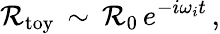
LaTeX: \mathcal{R}_{\mathrm{{toy}}}\, \sim\, \mathcal{R}_{0}\, e^{-i\omega_{i}t}\, ,